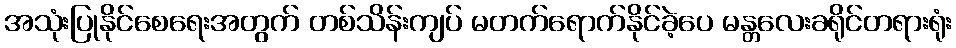
အသုံးပြုနိုင်စေရေးအတွက် တစ်သိန်းကျပ် မတက်ရောက်နိုင်ခဲ့ပေ မန္တလေးခရိုင်တရားရုံး